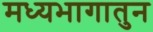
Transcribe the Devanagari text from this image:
मध्यभागातुन